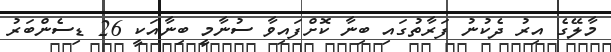
މާލޭގެ އިރު ދެކުނު ފަރާތުގައި ބިނާ ކޮށްފައިވާ ސުނާމީ ބިނާއަކީ 26 ޑިސެންބަރު